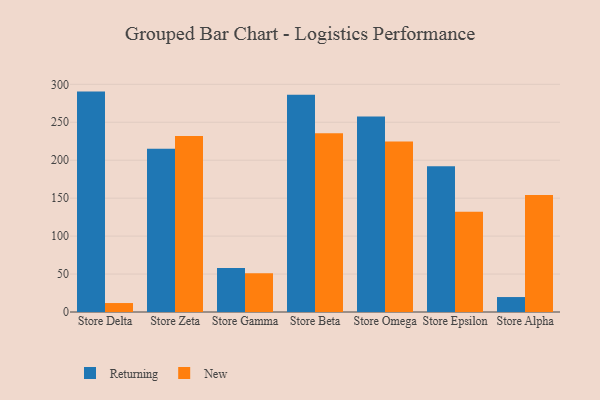
{"axis": {"x": "Store", "y": "Bounce Rate (%)"}, "legend": ["New", "Returning"], "data": [{"x": "Store Delta", "y": 290.4, "type": "Returning"}, {"x": "Store Delta", "y": 11.8, "type": "New"}, {"x": "Store Zeta", "y": 215.0, "type": "Returning"}, {"x": "Store Zeta", "y": 232.0, "type": "New"}, {"x": "Store Gamma", "y": 57.9, "type": "Returning"}, {"x": "Store Gamma", "y": 51.2, "type": "New"}, {"x": "Store Beta", "y": 286.3, "type": "Returning"}, {"x": "Store Beta", "y": 235.6, "type": "New"}, {"x": "Store Omega", "y": 257.7, "type": "Returning"}, {"x": "Store Omega", "y": 224.5, "type": "New"}, {"x": "Store Epsilon", "y": 192.0, "type": "Returning"}, {"x": "Store Epsilon", "y": 132.2, "type": "New"}, {"x": "Store Alpha", "y": 19.7, "type": "Returning"}, {"x": "Store Alpha", "y": 154.2, "type": "New"}]}